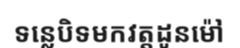
ទន្លេបិទមកវត្តដូនម៉ៅ